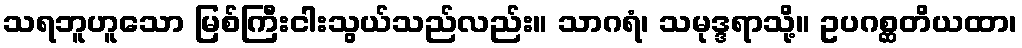
သရဘူဟူသော မြစ်ကြီးငါးသွယ်သည်လည်း။ သာဂရံ၊ သမုဒ္ဒရာသို့။ ဥပဂစ္ဆတိယထာ၊